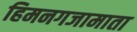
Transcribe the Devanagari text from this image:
हिमनगजामाता